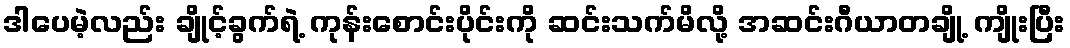
ဒါပေမဲ့လည်း ချိုင့်ခွက်ရဲ့ ကုန်းစောင်းပိုင်းကို ဆင်းသက်မိလို့ အဆင်းဂီယာတချို့ ကျိုးပြီး